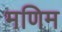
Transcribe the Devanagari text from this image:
मणिम